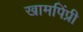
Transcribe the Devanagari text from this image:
खामपिंप्री